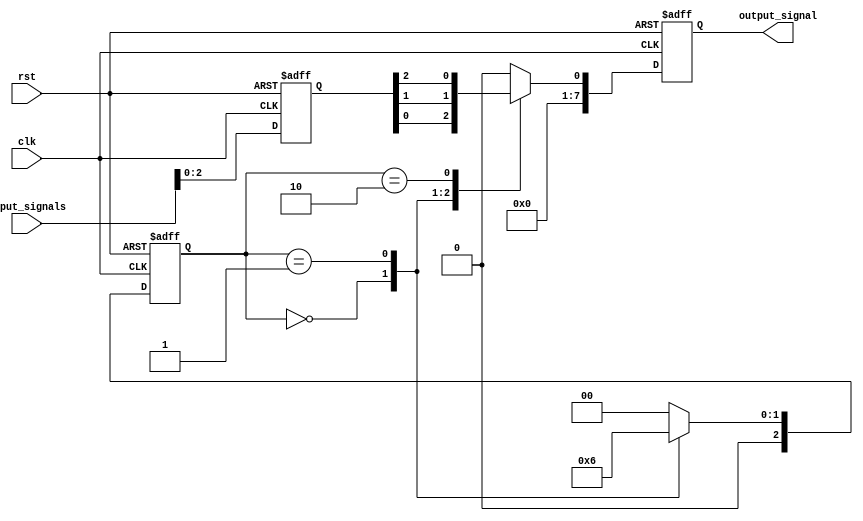
module WeightedArbiter (
    input wire clk,
    input wire rst,
    input wire [7:0] input_signals,
    output reg [7:0] output_signal
);

// Timing control block
reg [2:0] state;

always @(posedge clk or posedge rst)
begin
    if (rst) begin
        state <= 3'b000;
    end else begin
        case (state)
            3'b000: state <= 3'b001;
            3'b001: state <= 3'b010;
            3'b010: state <= 3'b000;
            default: state <= 3'b000;
        endcase
    end
end

// Synchronization blocks
reg [7:0] synchronized_signals;

always @(posedge clk or posedge rst)
begin
    if (rst) begin
        synchronized_signals <= 8'b00000000;
    end else begin
        synchronized_signals <= input_signals;
    end
end

// Weighted arbiter
always @(posedge clk or posedge rst)
begin
    if (rst) begin
        output_signal <= 8'b00000000;
    end else begin
        case (state)
            3'b000: output_signal <= synchronized_signals[0];
            3'b001: output_signal <= synchronized_signals[1];
            3'b010: output_signal <= synchronized_signals[2];
            default: output_signal <= 8'b00000000;
        endcase
    end
end

endmodule